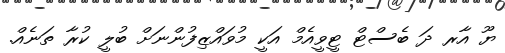
ޔޫ އާރ ދަ ބެސްޓް ޓީވީއެމް އަކީ މުވައްޒިފުންނަށް ބުލީ ކުރާ ތަނެއް.